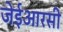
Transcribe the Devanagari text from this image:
जेईआरसी